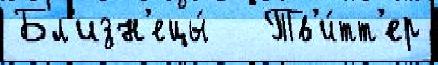
Бл'изн'ецы́   Тв'и́тт'ер